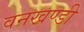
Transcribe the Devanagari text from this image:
वनखण्डी